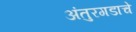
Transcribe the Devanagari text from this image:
अंतुरगडाचे